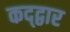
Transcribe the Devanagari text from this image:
कद्द्वार